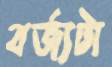
বর্জ্যটা